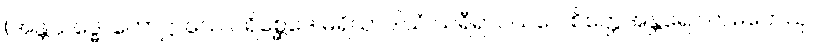
(အန္တသဒ္ဓေါ ကောဋ္ဌာသေ ပရိစ္ဆေဒေ မရိယာဒါယံ သရီရာဝယဝေ စိတ္တေအန္တရေ လာမကေသု